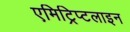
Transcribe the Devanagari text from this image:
एमिट्रिप्टलाइन